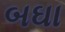
બઘા